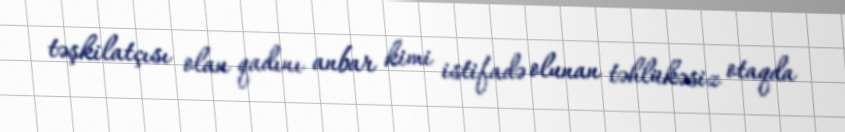
təşkilatçısı olan qadını anbar kimi istifadə olunan təhlükəsiz otaqda